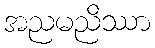
အညမညိဿာ